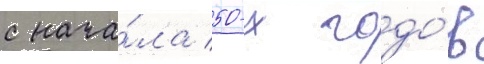
с нача́ла 50-х годо́в